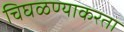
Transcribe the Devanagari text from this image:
चिघळण्याकरता